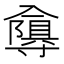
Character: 𭁂